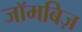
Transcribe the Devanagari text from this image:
जॉमबिज़